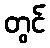
တွင်